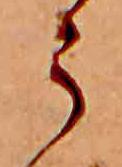
う